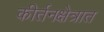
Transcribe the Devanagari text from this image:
कीर्तनक्षेत्रात